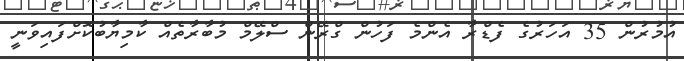
އުމުރުން 35 އަހަރުގެ ފެޑްރާ އެންމެ ފަހުން ގްރޭން ސްލޭމް މުބާރާތެއް ކާމިޔާބުކޮށްފައިވަނީ